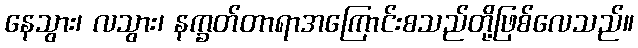
နေသွား၊ လသွား၊ နက္ခတ်တာရာအကြောင်းစသည်တို့ဖြစ်လေသည်။